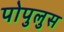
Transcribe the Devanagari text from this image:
पोपुलुस